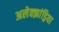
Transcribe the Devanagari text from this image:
अलेक्‍झांड्रिया